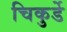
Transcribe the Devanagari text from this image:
चिकुर्डे